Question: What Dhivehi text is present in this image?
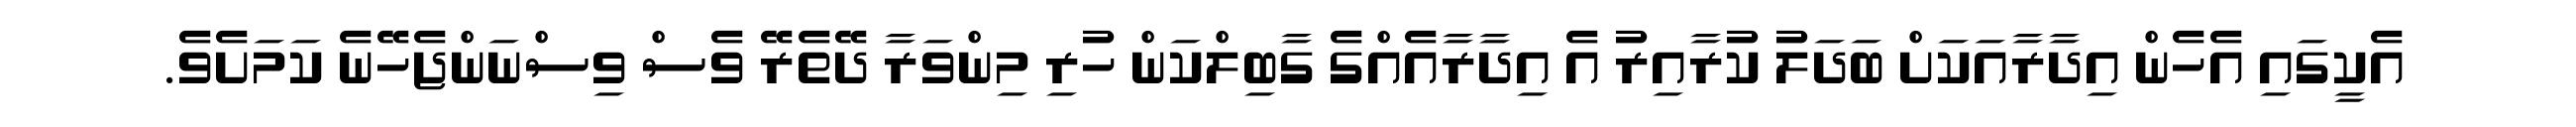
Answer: އެކީގައި އެހެން އިދާރާއަކަށް ބަދަލު ކުރާއިރު އެ އިދާރާއެއްގެ ގާބިލްކަން ހުރި މިންވަރާ ދޭތެރޭ ވެސް ވިސްނަންޖެހޭނެ ކަމަށެވެ.